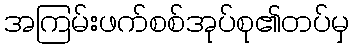
အကြမ်းဖက်စစ်အုပ်စု၏တပ်မှ